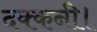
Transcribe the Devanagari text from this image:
दक्कनी।